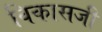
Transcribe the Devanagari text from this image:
विकासजी